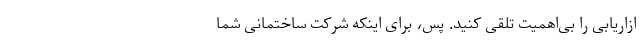
ازاریابی را بی‌اهمیت تلقی کنید. پس، برای اینکه شرکت ساختمانی شما